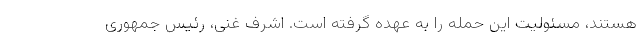
هستند، مسئولیت این حمله را به عهده گرفته است. اشرف غنی، رئیس جمهوری